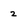
Character: 2